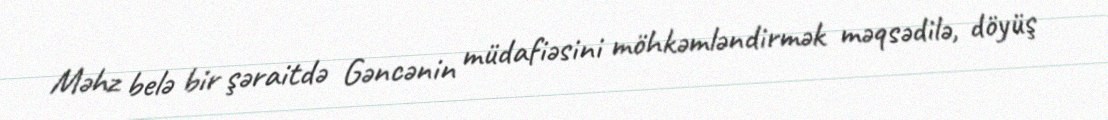
Məhz belə bir şəraitdə Gəncənin müdafiəsini möhkəmləndirmək məqsədilə, döyüş